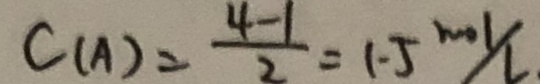
C ( A ) = \frac { 4 - 1 } { 2 } = 1 . 5 m o l / L